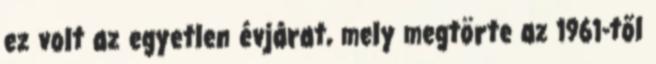
ez volt az egyetlen évjárat, mely megtörte az 1961-től